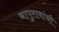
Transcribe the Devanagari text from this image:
बापुरावांची